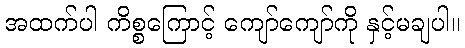
အထက်ပါ ကိစ္စကြောင့် ကျော်ကျော်ကို နှင့်မချပါ။